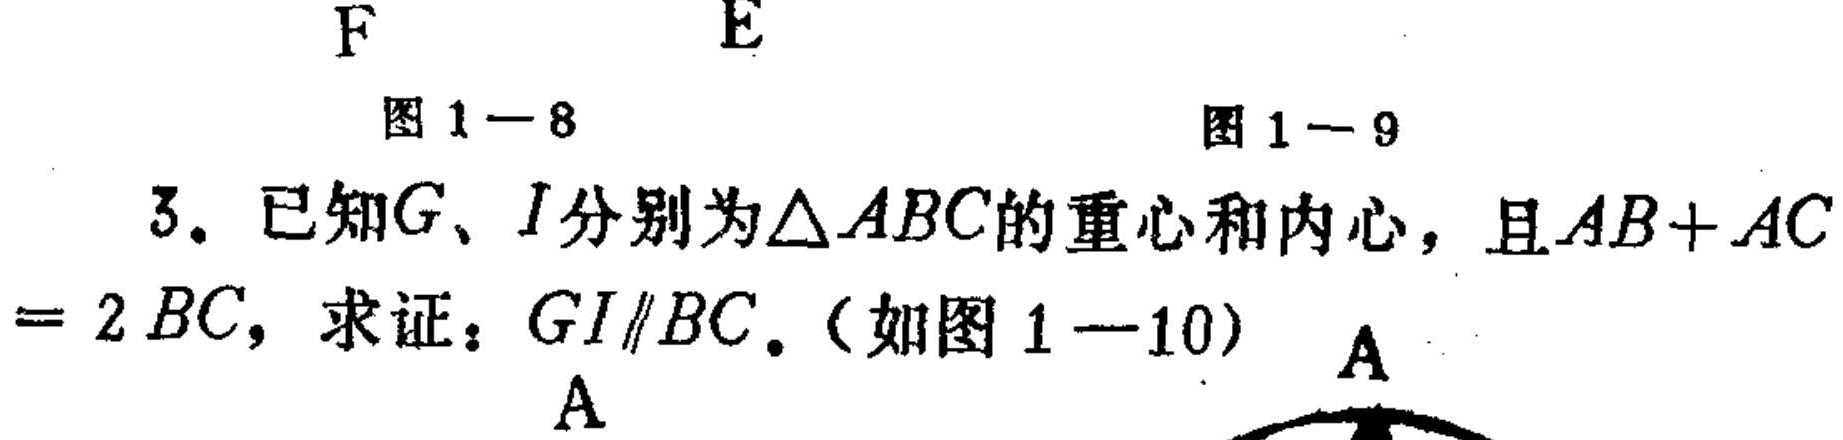
\begin{figure}[h]
\centering
\begin{minipage}[t]{0.4\textwidth}
\centering
\caption{图1 - 8}
\end{minipage}
\begin{minipage}[t]{0.4\textwidth}
\centering
\caption{图1 - 9}
\end{minipage}
\end{figure}
3. 已知\(G\)、\(I\)分别为\(\triangle ABC\)的重心和内心，且\(AB + AC= 2BC\)，求证：\(GI\parallel BC\)。（如图1 - 10）
\(A\)